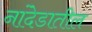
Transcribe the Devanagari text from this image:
नांदेडातील